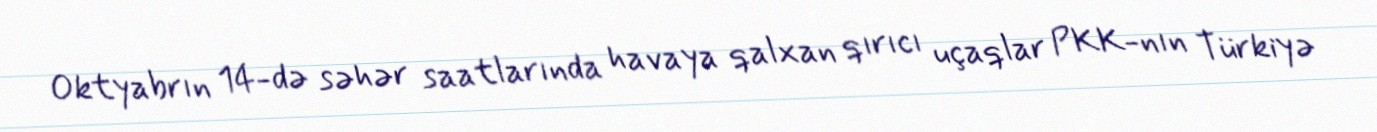
Oktyabrın 14-də səhər saatlarında havaya qalxan qırıcı uçaqlar PKK-nın Türkiyə